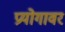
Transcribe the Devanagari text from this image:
प्रयोगावर